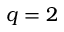
q = 2